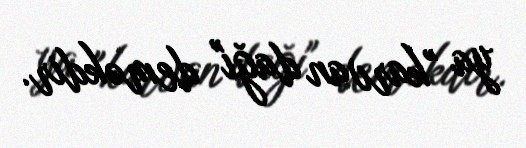
ya "karvan dağı" deməkdir.